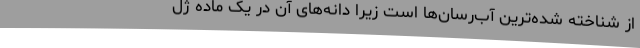
از شناخته‌ شده‌ترین آب‌رسان‌ها است زیرا دانه‌های آن در یک ماده ژل